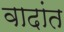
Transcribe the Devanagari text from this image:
वादांत